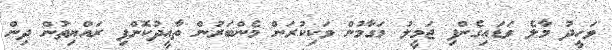
ވަހީދު މާލެ ވަޑައިގެންފި ޖަމީލު މަގާމުން ވަކިކުރަން މެންބަރުން ތާއީދުކޮށްފި ރައްޔިތުން ދިން